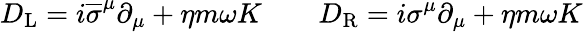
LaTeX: D_{\mathrm{{L}}}=i{\overline{{\sigma}}}^{\mu}\partial_{\mu}+\eta m\omega K\qquad D_{\mathrm{{R}}}=i\sigma^{\mu}\partial_{\mu}+\eta m\omega K